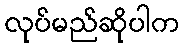
လုပ်မည်ဆိုပါက